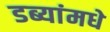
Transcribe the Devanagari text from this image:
डब्यांमधे